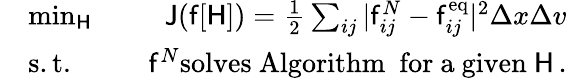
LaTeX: \begin{array}{rlr}&{\operatorname*{min}_{\mathsf{H}}\quad}&{\mathsf{J}(\mathsf{f}[\mathsf{H}])=\frac{1}{2}\sum_{ij}\vert\mathsf{f}_{ij}^{N}-\mathsf{f}_{ij}^{\mathrm{eq}}\vert^{2}\Delta x\Delta v}\\ &{\mathrm{s.t.}\quad}&{\mathsf{f}^{N}\mathrm{solves~Algorithm~~for~a~given~}\mathsf{H}\, .}\end{array}